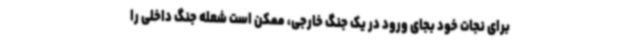
برای نجات خود بجای ورود در یک جنگ خارجی، ممکن است شعله جنگ داخلی را